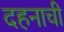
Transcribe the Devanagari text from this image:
दहनाची